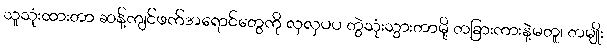
သူသုံးထားတာ ဆန့်ကျင်ဖက်အရောင်တွေကို လှလှပပ တွဲသုံးသွားတာမို့ တခြားကားနဲ့မတူ၊ တမျိုး